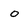
Character: o